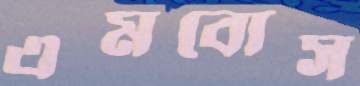
এমবোস